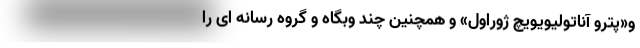
و«پترو آناتولیویویچ ژوراول» و همچنین چند وبگاه و گروه رسانه ای را